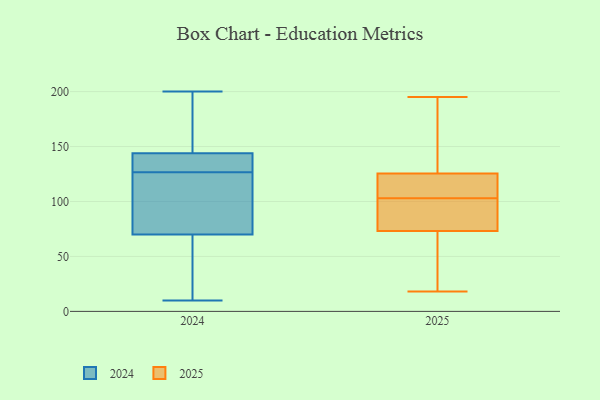
{"axis": {"x": "Revenue (USD Million)", "y": "Value"}, "legend": ["2024", "2025"], "data": [{"x": "", "y": 200, "type": "2024"}, {"x": "", "y": 10, "type": "2024"}, {"x": "", "y": 116, "type": "2024"}, {"x": "", "y": 76, "type": "2024"}, {"x": "", "y": 144, "type": "2024"}, {"x": "", "y": 13, "type": "2024"}, {"x": "", "y": 137, "type": "2024"}, {"x": "", "y": 143, "type": "2024"}, {"x": "", "y": 70, "type": "2024"}, {"x": "", "y": 144, "type": "2024"}, {"x": "", "y": 151, "type": "2025"}, {"x": "", "y": 115, "type": "2025"}, {"x": "", "y": 139, "type": "2025"}, {"x": "", "y": 195, "type": "2025"}, {"x": "", "y": 41, "type": "2025"}, {"x": "", "y": 87, "type": "2025"}, {"x": "", "y": 103, "type": "2025"}, {"x": "", "y": 121, "type": "2025"}, {"x": "", "y": 101, "type": "2025"}, {"x": "", "y": 18, "type": "2025"}, {"x": "", "y": 120, "type": "2025"}, {"x": "", "y": 24, "type": "2025"}, {"x": "", "y": 84, "type": "2025"}]}